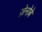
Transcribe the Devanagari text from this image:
ज़ेनोबे